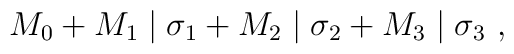
M_0 + M_1 \mid \sigma_1 + M_2 \mid \sigma_2 + M_3 \mid \sigma_3~,